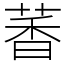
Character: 萫